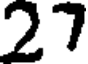
27